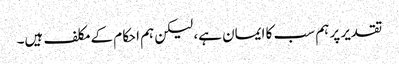
تقدیر پر ہم سب کا ایمان ہے، لیکن ہم احکام کے مکلف ہیں۔